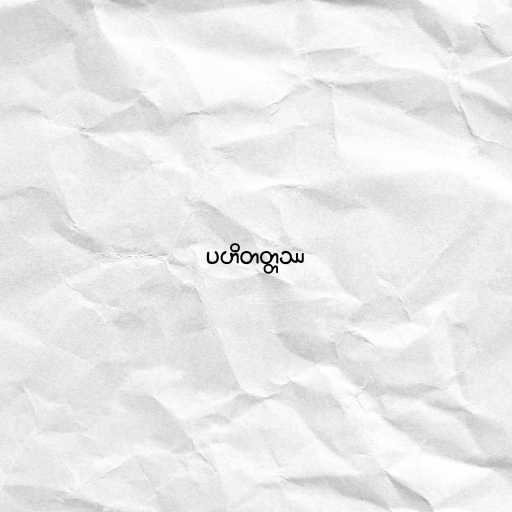
ပဟိတတ္တဿ